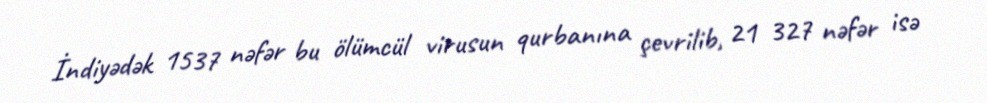
İndiyədək 1537 nəfər bu ölümcül virusun qurbanına çevrilib, 21 327 nəfər isə